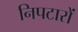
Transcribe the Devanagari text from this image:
निपटारों